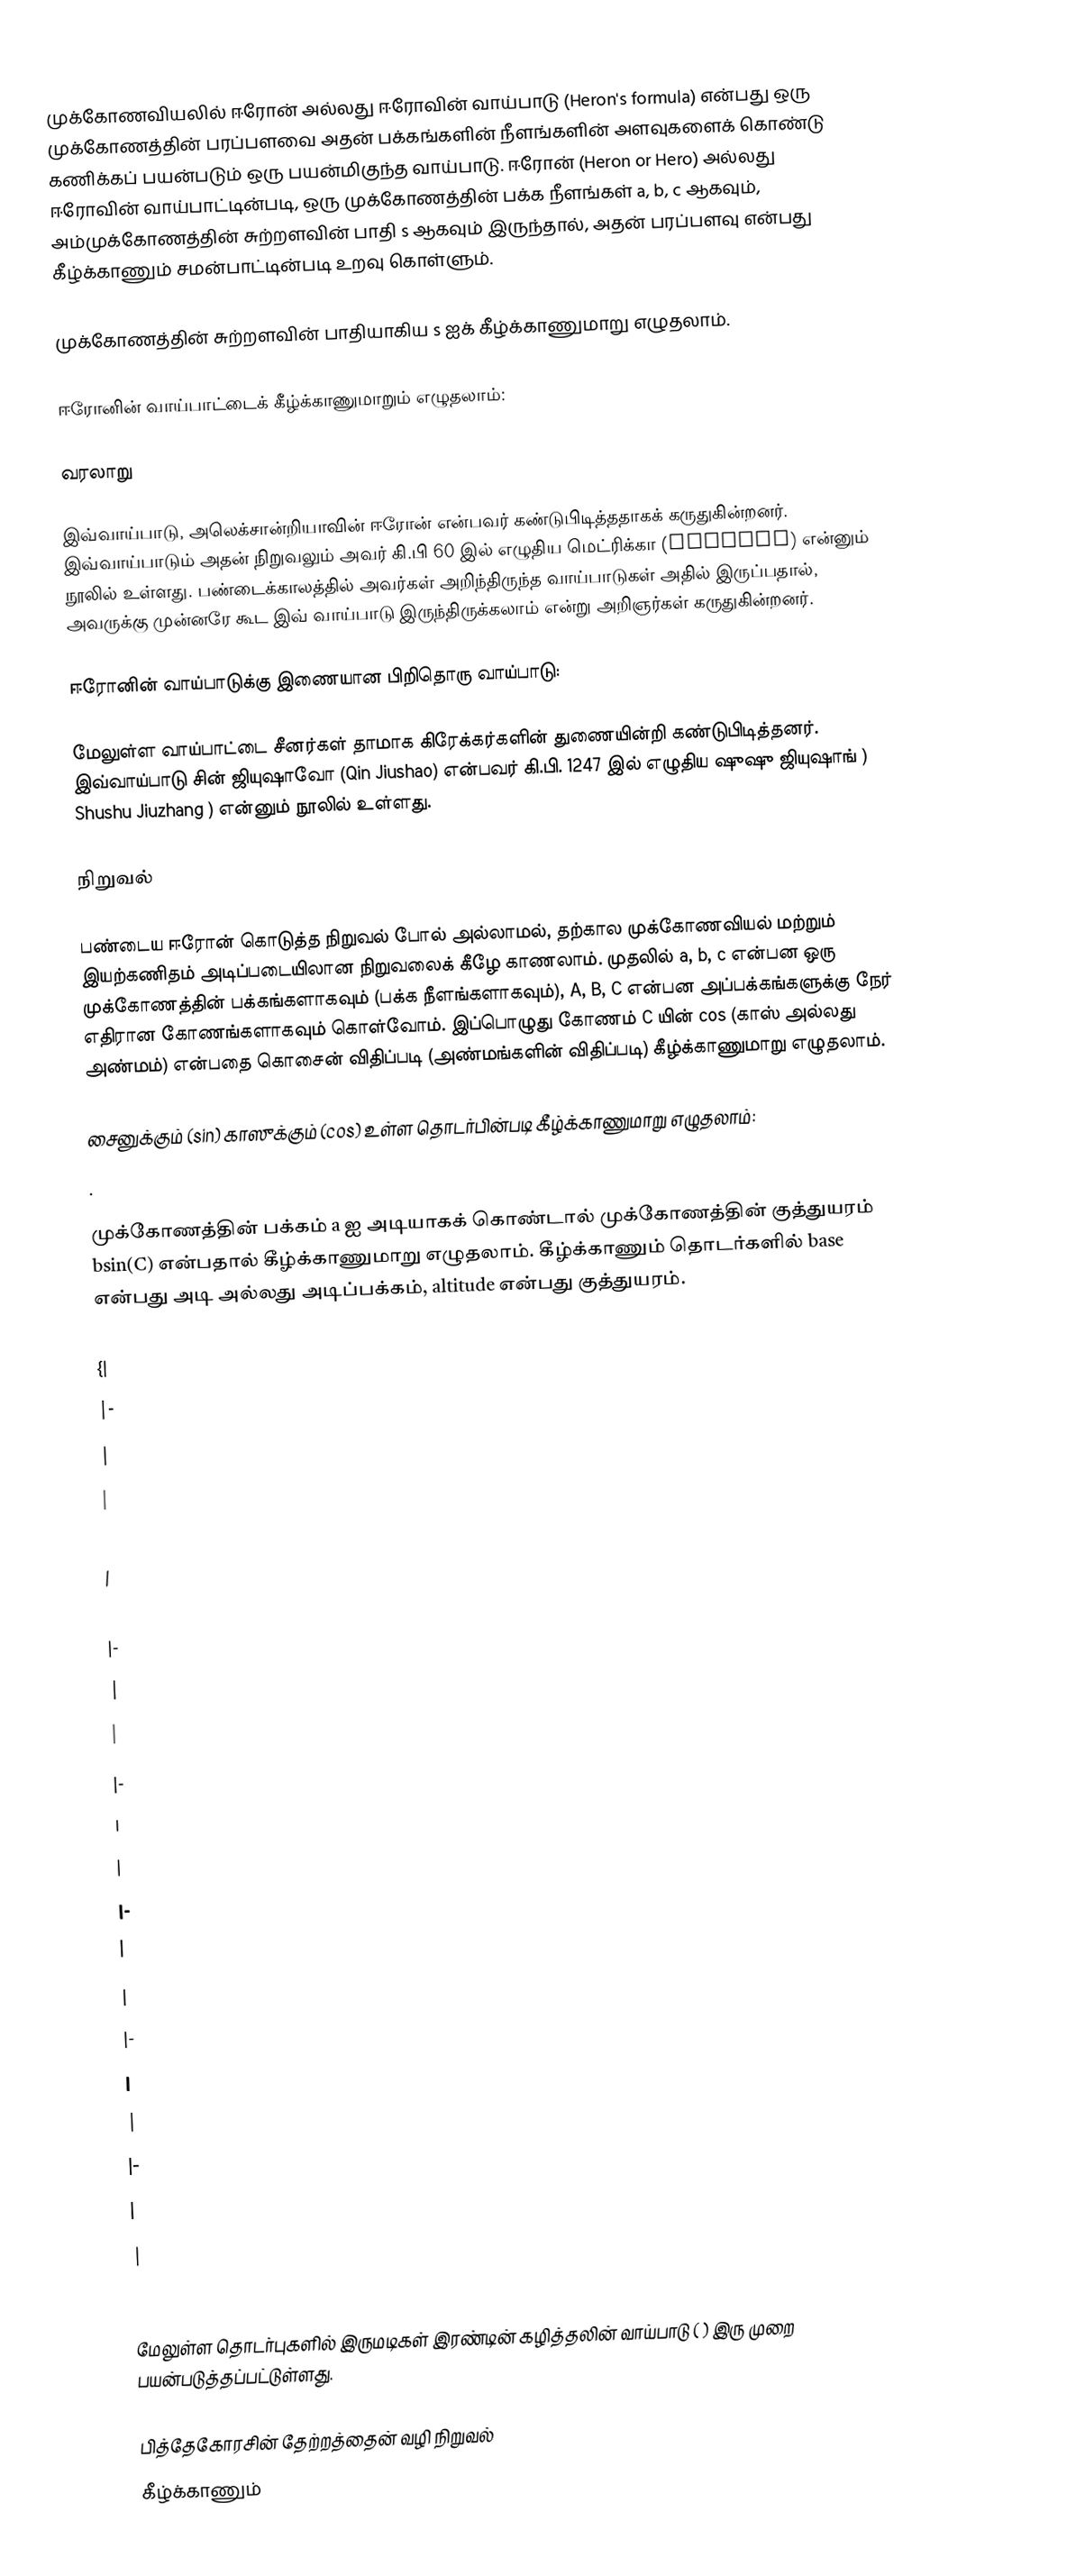
முக்கோணவியலில் ஈரோன் அல்லது ஈரோவின் வாய்பாடு (Heron's formula) என்பது ஒரு முக்கோணத்தின் பரப்பளவை அதன் பக்கங்களின் நீளங்களின் அளவுகளைக் கொண்டு கணிக்கப் பயன்படும் ஒரு பயன்மிகுந்த வாய்பாடு. ஈரோன் (Heron or Hero) அல்லது ஈரோவின் வாய்பாட்டின்படி, ஒரு முக்கோணத்தின் பக்க நீளங்கள் a, b, c ஆகவும், அம்முக்கோணத்தின் சுற்றளவின் பாதி s ஆகவும் இருந்தால், அதன் பரப்பளவு  என்பது கீழ்க்காணும் சமன்பாட்டின்படி உறவு கொள்ளும்.

முக்கோணத்தின் சுற்றளவின் பாதியாகிய s ஐக் கீழ்க்காணுமாறு எழுதலாம்.

ஈரோனின் வாய்பாட்டைக் கீழ்க்காணுமாறும் எழுதலாம்:

வரலாறு

இவ்வாய்பாடு, அலெக்சான்றியாவின் ஈரோன் என்பவர் கண்டுபிடித்ததாகக் கருதுகின்றனர். இவ்வாய்பாடும் அதன் நிறுவலும் அவர் கி.பி 60 இல் எழுதிய மெட்ரிக்கா (Metrica) என்னும் நூலில் உள்ளது. பண்டைக்காலத்தில் அவர்கள் அறிந்திருந்த வாய்பாடுகள் அதில் இருப்பதால், அவருக்கு முன்னரே கூட இவ் வாய்பாடு இருந்திருக்கலாம் என்று அறிஞர்கள் கருதுகின்றனர்.

ஈரோனின் வாய்பாடுக்கு இணையான பிறிதொரு வாய்பாடு:

மேலுள்ள வாய்பாட்டை சீனர்கள் தாமாக கிரேக்கர்களின் துணையின்றி கண்டுபிடித்தனர். இவ்வாய்பாடு சின் ஜியுஷாவோ (Qin Jiushao) என்பவர் கி.பி. 1247 இல் எழுதிய ஷுஷு ஜியுஷாங் ) Shushu Jiuzhang ) என்னும் நூலில் உள்ளது.

நிறுவல்

பண்டைய ஈரோன் கொடுத்த நிறுவல் போல் அல்லாமல், தற்கால முக்கோணவியல் மற்றும் இயற்கணிதம் அடிப்படையிலான நிறுவலைக் கீழே காணலாம். முதலில் a, b, c என்பன ஒரு முக்கோணத்தின் பக்கங்களாகவும் (பக்க நீளங்களாகவும்), A, B, C என்பன அப்பக்கங்களுக்கு நேர் எதிரான கோணங்களாகவும் கொள்வோம். இப்பொழுது கோணம் C யின் cos (காஸ் அல்லது அண்மம்) என்பதை கொசைன் விதிப்படி (அண்மங்களின் விதிப்படி) கீழ்க்காணுமாறு எழுதலாம்.

சைனுக்கும் (sin) காஸுக்கும் (cos) உள்ள தொடர்பின்படி கீழ்க்காணுமாறு எழுதலாம்:
.

முக்கோணத்தின் பக்கம் a ஐ அடியாகக் கொண்டால் முக்கோணத்தின் குத்துயரம் bsin(C) என்பதால் கீழ்க்காணுமாறு எழுதலாம். கீழ்க்காணும் தொடர்களில் base என்பது அடி அல்லது அடிப்பக்கம், altitude என்பது குத்துயரம்.

{|
|-
|
|
|-
|
|
|-
|
|
|-
|
|
|-
|
|
|-
|
|
|-
|
|
|}

மேலுள்ள தொடர்புகளில் இருமடிகள் இரண்டின் கழித்தலின் வாய்பாடு ( ) இரு முறை பயன்படுத்தப்பட்டுள்ளது.

பித்தேகோரசின் தேற்றத்தைன் வழி நிறுவல்
 கீழ்க்காணும்